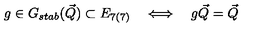
g \in G _ { s t a b } ( { \vec { Q } } ) \subset E _ { 7 ( 7 ) } \quad \Longleftrightarrow \quad g { \vec { Q } } = { \vec { Q } }